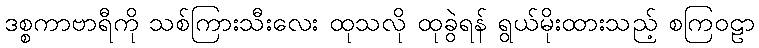
ဒစ္စကာဗာရီကို သစ်ကြားသီးလေး ထုသလို ထုခွဲရန် ရွယ်မိုးထားသည့် စကြဝဠာ